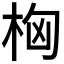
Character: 𣑤